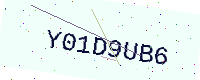
Text: Y01D9UB6